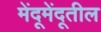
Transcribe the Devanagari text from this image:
मेंदूमेंदूतील